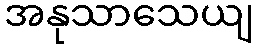
အနုသာသေယျ